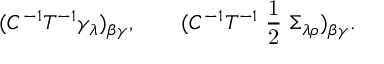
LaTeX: ( C ^ { - 1 } T ^ { - 1 } \gamma _ { \lambda } ) _ { \beta \gamma } , \qquad ( C ^ { - 1 } T ^ { - 1 } { \mathrm { \small ~ \frac 1 2 ~ } } \Sigma _ { \lambda \rho } ) _ { \beta \gamma } .